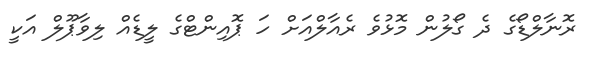
ރޮނާލްޑޯގެ ދެ ގޯލުން މޮޅުވެ ރެއާލްއަށް ހަ ޕޮއިންޓްގެ ލީޑެއް ލިވާޕޫލް އަކީ